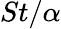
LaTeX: St/\alpha